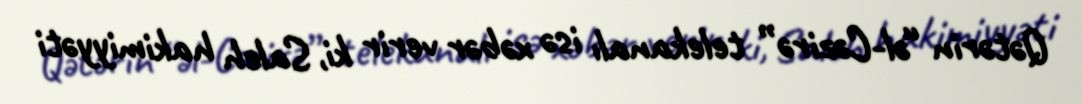
Qətərin “əl-Cəzirə” telekanalı isə xəbər verir ki, Saleh hakimiyyəti